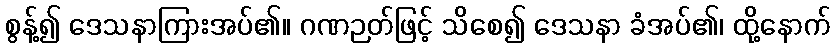
စွန့်၍ ဒေသနာကြားအပ်၏။ ဂဏဉတ်ဖြင့် သိစေ၍ ဒေသနာ ခံအပ်၏၊ ထို့နောက်